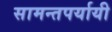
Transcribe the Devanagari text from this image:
सामन्तपर्यायी